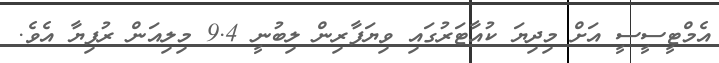
އެމްޓީސީސީ އަށް މިިދިޔަ ކުއާޓަރުގައި ވިޔަފާރިން ލިބުނީ 9.4 މިލިއަން ރުފިޔާ އެވެ.